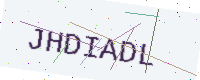
Text: JHDIADL